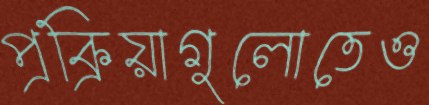
প্রক্রিয়াগুলোতেও